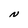
Character: N